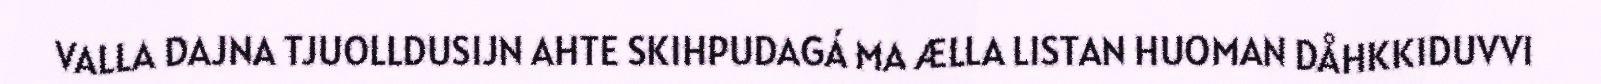
VALLA DAJNA TJUOLLDUSIJN AHTE SKIHPUDAGÁ MA ÆLLA LISTAN HUOMAN DÅHKKIDUVVI